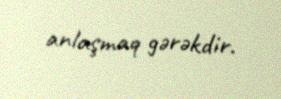
anlaşmaq gərəkdir.